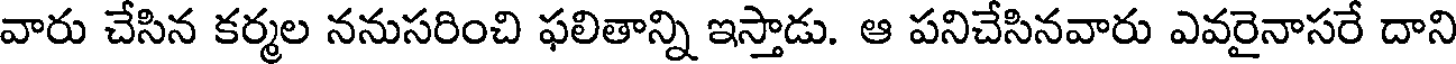
వారు చేసిన కర్మల ననుసరించి ఫలితాన్ని ఇస్తాడు. ఆ పనిచేసినవారు ఎవరైనాసరే దాని